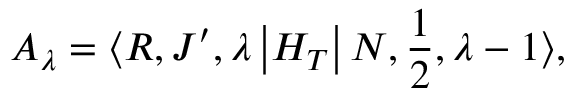
A _ { \lambda } = \langle R , J ^ { \prime } , \lambda \left| H _ { T } \right| N , \frac { 1 } { 2 } , \lambda - 1 \rangle ,